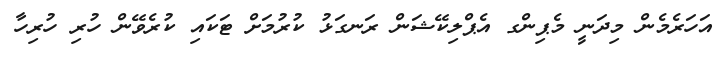
އަހަރެމެން މިދަނީ މެޕިންގ އެޕްލިކޭޝަން ރަނގަޅު ކުރުމަށް ޓަކައި ކުރެވޭން ހުރި ހުރިހާ